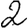
Digit: 2